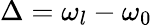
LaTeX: \Delta=\omega_{l}-\omega_{0}